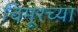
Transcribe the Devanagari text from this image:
चिमूरच्या